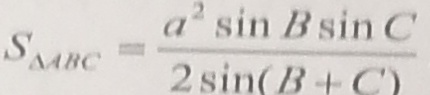
S _ { \Delta A B C } = \frac { a ^ { 2 } \sin B \sin C } { 2 \sin ( B + C ) }